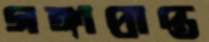
গঙ্গাপ্রাপ্ত